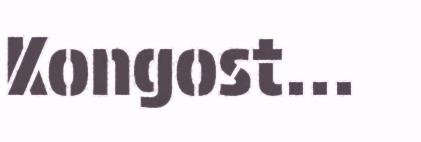
Kongost...